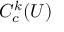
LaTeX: C _ { c } ^ { k } ( U )